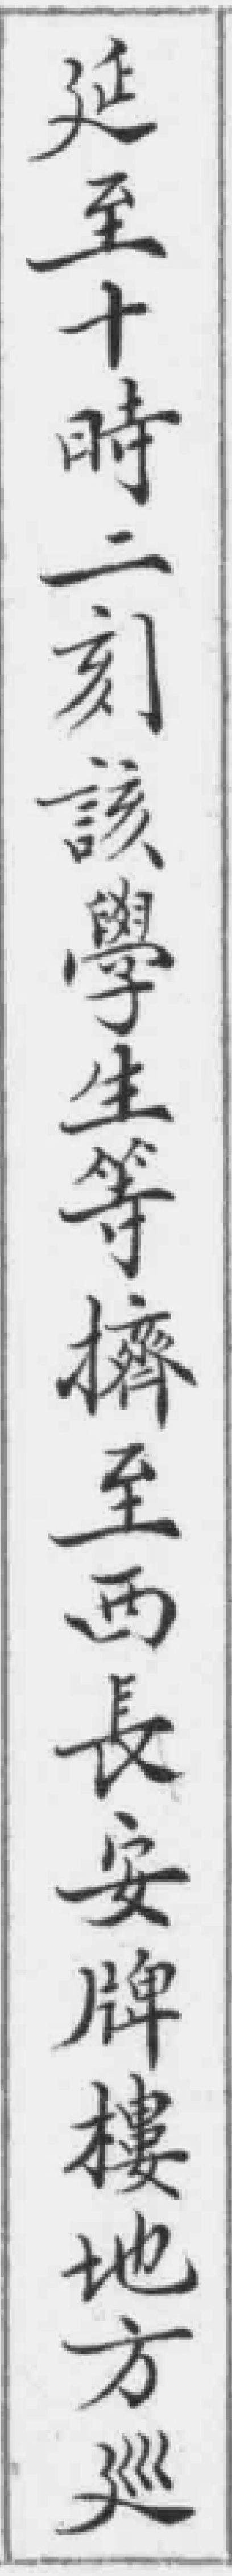
延至十時二刻該學生等擠至西長安牌樓地方巡